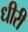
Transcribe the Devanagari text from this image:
धीरी